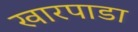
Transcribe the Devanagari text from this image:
खारपाडा